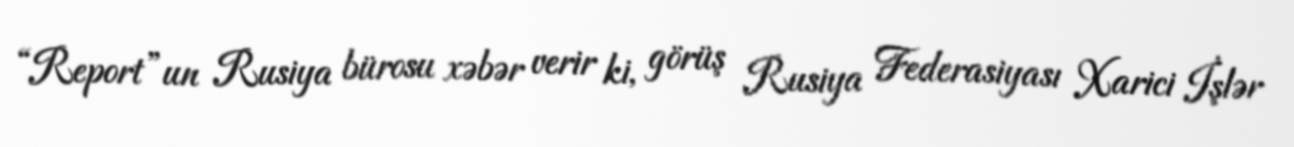
“Report”un Rusiya bürosu xəbər verir ki, görüş Rusiya Federasiyası Xarici İşlər